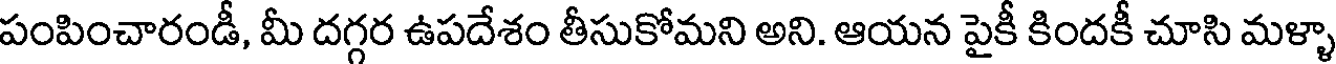
పంపించారండీ, మీ దగ్గర ఉపదేశం తీసుకోమని అని. ఆయన పైకీ కిందకీ చూసి మళ్ళా